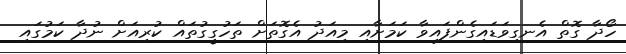
ހޯދާ ގޮތް އެނގިވަޑައިގެންފައިވާ ކަމަށާއި މިއަދު އެގޮތަށް ތަހުގީގުތައް ކުރިއަށް ނުދާ ކަމުގައި